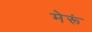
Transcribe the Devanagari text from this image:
मेरूं